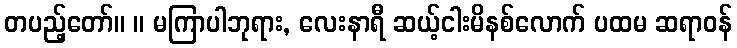
တပည့်တော်။ ။ မကြာပါဘုရား, လေးနာရီ ဆယ့်ငါးမိနစ်လောက် ပထမ ဆရာဝန်